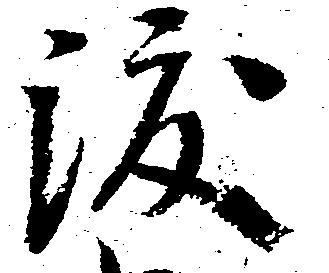
渡